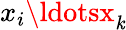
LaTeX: x_{i}\ldotsx_{\mathit{k}}